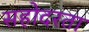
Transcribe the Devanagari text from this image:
सहोदरता